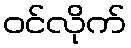
ဝင်လိုက်